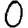
Digit: 0